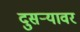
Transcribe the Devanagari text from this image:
दुसर्‍यावर